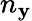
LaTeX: n_{\mathbf{y}}